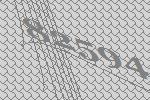
82594